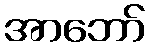
အာဘော်